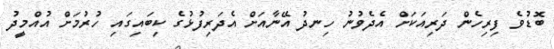
ބޮޑުވެ ފިރިހެން ދަރިއަކަށް އެދެވުނު ހިނދު އޭނާއަށް އެދަރިފުޅުގެ ކިބައިގައި ހުރުމަށް އުއްމީދު